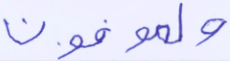
والموفون